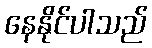
နေနိုင်ပါသည်